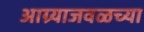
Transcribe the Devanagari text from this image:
आग्र्याजवळच्या